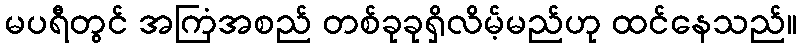
မပရီတွင် အကြံအစည် တစ်ခုခုရှိလိမ့်မည်ဟု ထင်နေသည်။